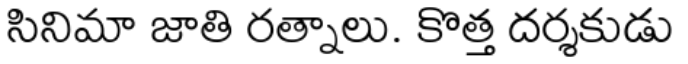
సినిమా జాతి రత్నాలు. కొత్త దర్శకుడు